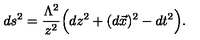
d s ^ { 2 } = \frac { \Lambda ^ { 2 } } { z ^ { 2 } } \Big ( d z ^ { 2 } + ( d \vec { x } ) ^ { 2 } - d t ^ { 2 } \Big ) .